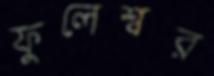
ফুলেশ্বর